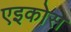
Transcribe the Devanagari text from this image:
एइकोस